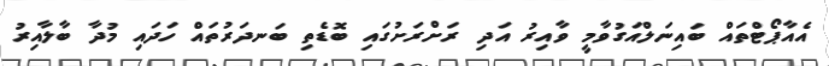
އެއާޕޯޓްތައް ބައިނަލްއަގުވާމީ ވާއިރު އަދި ރަށްރަށުގައި ބޮޑެތި ބަނދަރުތައް ހަދައި މުދާ ބާލާއިރު